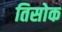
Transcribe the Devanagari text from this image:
तिसोक